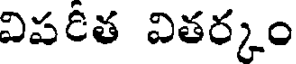
విపరీత వితర్కం